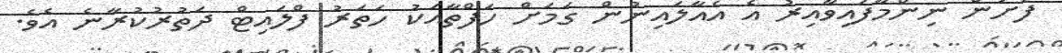
ފަށަން ނިންމާފައިވާއިރު އެ އެއާލައިނުން ގަމަށް ހަފްތާއަކު ހަތަރު ފްލައިޓް ދަތުރުކުރާނެ އެވެ.